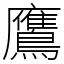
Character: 鷹